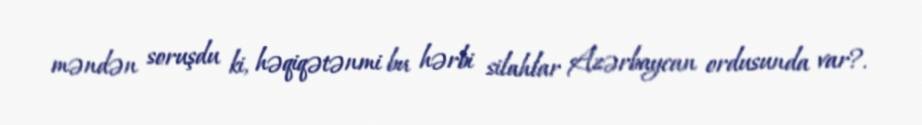
məndən soruşdu ki, həqiqətənmi bu hərbi silahlar Azərbaycan ordusunda var?.